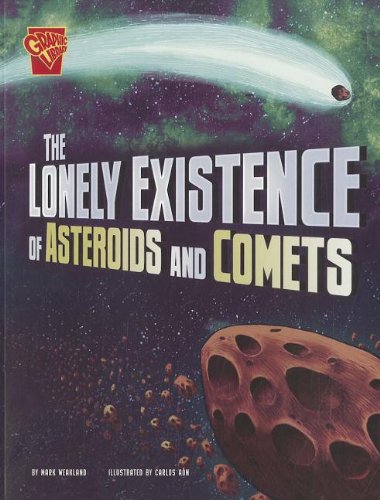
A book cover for The Lonely Existence of Asteroids and Comets (Adventures in Science); Mark Weakland; Science & Math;